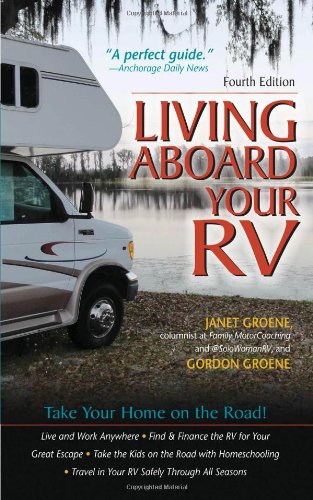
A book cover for Living Aboard Your RV, 4th Edition; Gordon Groene; Sports & Outdoors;